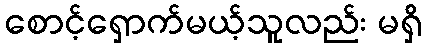
စောင့်ရှောက်မယ့်သူလည်း မရှိ